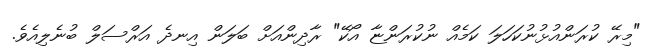
"މިރޭ ކުރަންއުޅުނުކަހަލަ ކަމެއް ނުކުރަންޏާ އޯކޭ" ރާދިންއަށް ބަލަން އިނދެ އަރްސަލް ބުނެލިއެވެ.